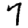
Digit: 7